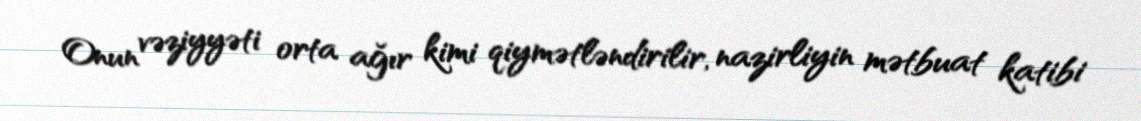
Onun vəziyyəti orta ağır kimi qiymətləndirilir, nazirliyin mətbuat katibi